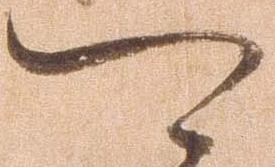
可